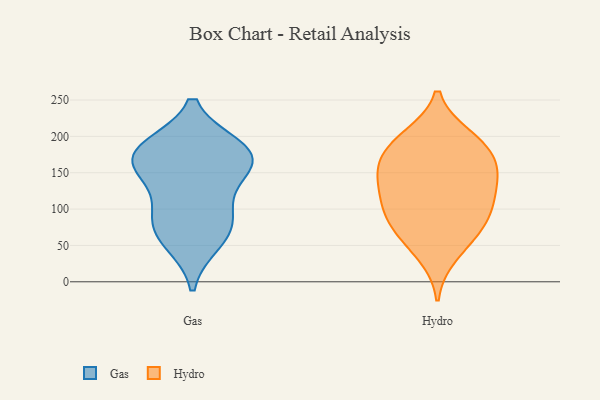
{"axis": {"x": "Humidity (%)", "y": "Value"}, "legend": ["Gas", "Hydro"], "data": [{"x": "", "y": 68, "type": "Gas"}, {"x": "", "y": 162, "type": "Gas"}, {"x": "", "y": 166, "type": "Gas"}, {"x": "", "y": 87, "type": "Gas"}, {"x": "", "y": 183, "type": "Gas"}, {"x": "", "y": 55, "type": "Gas"}, {"x": "", "y": 184, "type": "Gas"}, {"x": "", "y": 98, "type": "Gas"}, {"x": "", "y": 146, "type": "Gas"}, {"x": "", "y": 176, "type": "Gas"}, {"x": "", "y": 200, "type": "Hydro"}, {"x": "", "y": 69, "type": "Hydro"}, {"x": "", "y": 36, "type": "Hydro"}, {"x": "", "y": 130, "type": "Hydro"}, {"x": "", "y": 139, "type": "Hydro"}, {"x": "", "y": 154, "type": "Hydro"}, {"x": "", "y": 199, "type": "Hydro"}, {"x": "", "y": 62, "type": "Hydro"}, {"x": "", "y": 104, "type": "Hydro"}, {"x": "", "y": 83, "type": "Hydro"}, {"x": "", "y": 185, "type": "Hydro"}, {"x": "", "y": 178, "type": "Hydro"}, {"x": "", "y": 160, "type": "Hydro"}, {"x": "", "y": 105, "type": "Hydro"}, {"x": "", "y": 149, "type": "Hydro"}, {"x": "", "y": 100, "type": "Hydro"}]}